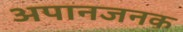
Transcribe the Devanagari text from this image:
अपानजनक